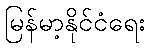
မြန်မာ့နိုင်ငံရေး